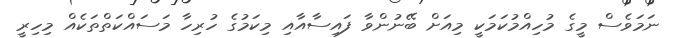
ނަމަވެސް މީގެ މުހިއްމުކަމަކީ މިއަށް ބޭނުންވާ ފައިސާއާއި މިކަމުގެ ހުރިހާ މަސައްކަތްތަކެއް މިހިރީ